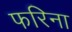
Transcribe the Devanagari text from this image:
फरिना